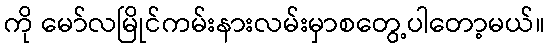
ကို မော်လမြိုင်ကမ်းနားလမ်းမှာစတွေ့ပါတော့မယ်။